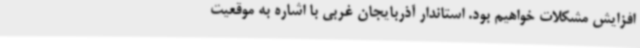
افزایش مشکلات خواهیم بود. استاندار آذربایجان غربی با اشاره به موقعیت